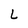
Character: L